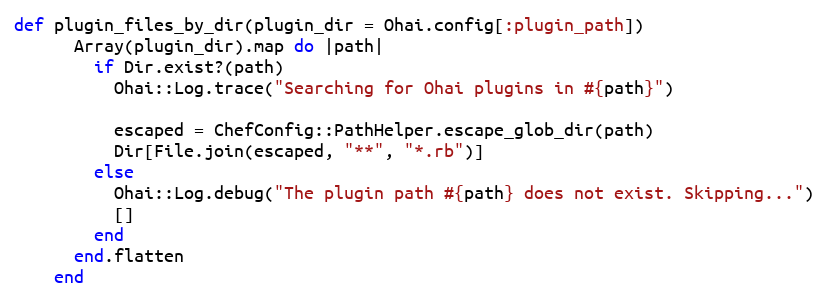
Language: Ruby
def plugin_files_by_dir(plugin_dir = Ohai.config[:plugin_path])
      Array(plugin_dir).map do |path|
        if Dir.exist?(path)
          Ohai::Log.trace("Searching for Ohai plugins in #{path}")

          escaped = ChefConfig::PathHelper.escape_glob_dir(path)
          Dir[File.join(escaped, "**", "*.rb")]
        else
          Ohai::Log.debug("The plugin path #{path} does not exist. Skipping...")
          []
        end
      end.flatten
    end